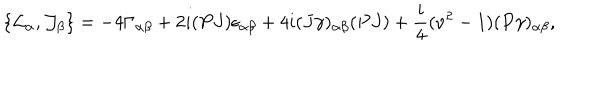
\{ { \cal L } _ { \alpha } , { \cal J } _ { \beta } \} = - 4 \Gamma _ { \alpha \beta } + 2 i ( P J ) \epsilon _ { \alpha \beta } + 4 i ( J \gamma ) _ { \alpha \beta } ( P J ) + \frac { i } { 4 } ( \nu ^ { 2 } - 1 ) ( P \gamma ) _ { \alpha \beta } ,